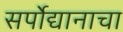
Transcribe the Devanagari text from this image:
सर्पोद्यानाचा